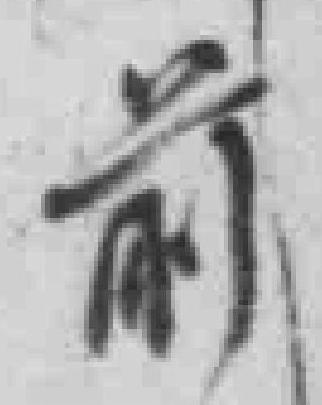
前